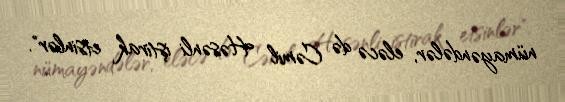
nümayəndələr, eləcə də Cəmil Həsənli iştirak etsinlər".